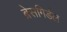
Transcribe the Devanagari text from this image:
ब्रेसगिर्डल